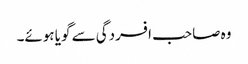
وہ صاحب افسردگی سے گویا ہوئے۔